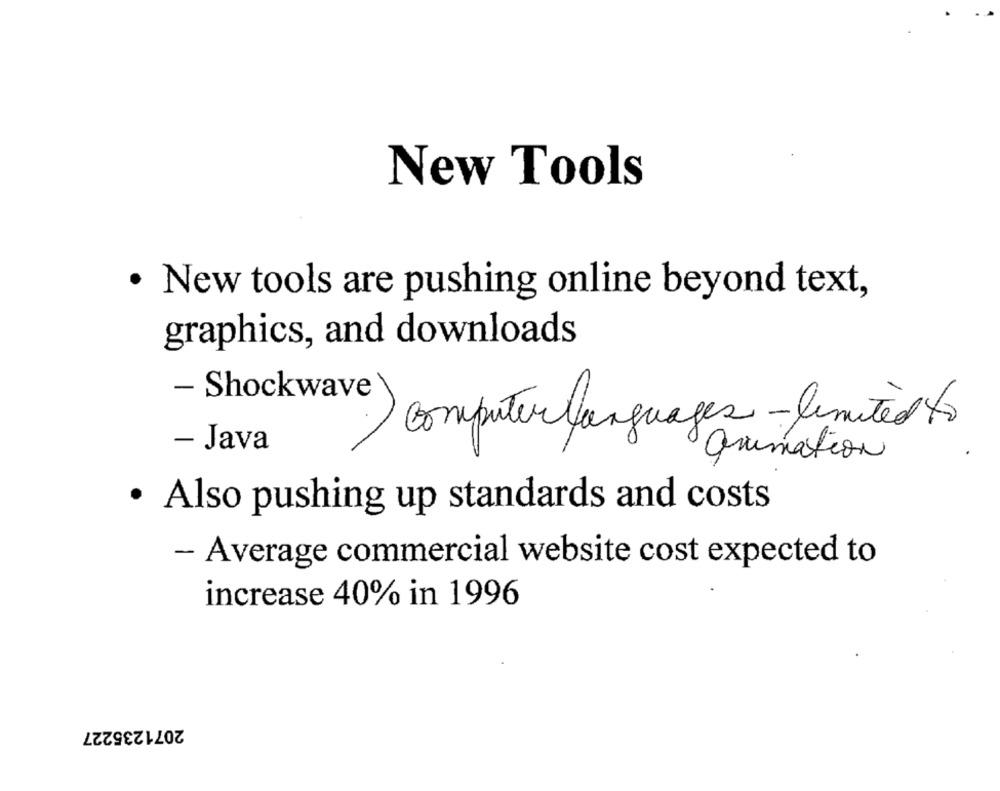
New Tools
· New tools are pushing online beyond text,
graphics, and downloads
- Shockwave
2) computer languages - limited to
- Java
animation
· Also pushing up standards and costs
- Average commercial website cost expected to
increase 40% in 1996
2071235227